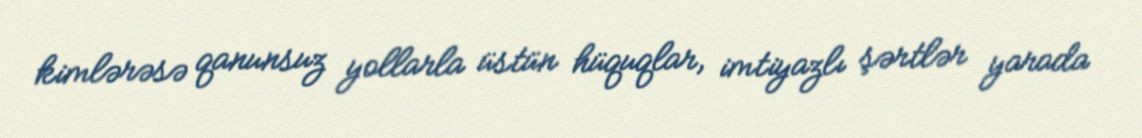
kimlərəsə qanunsuz yollarla üstün hüquqlar, imtiyazlı şərtlər yarada